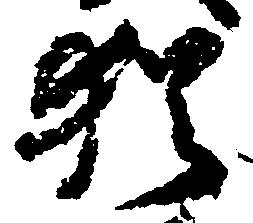
猶